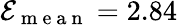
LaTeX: \mathcal{E}_{\mathrm{~m~e~a~n~}}=2.84